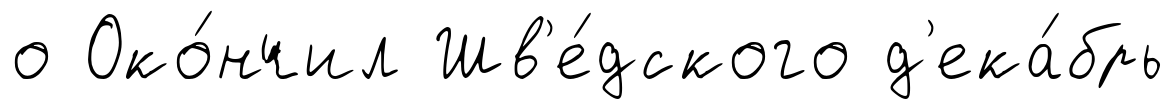
о Око́нчил Шв'е́дского д'ека́брь